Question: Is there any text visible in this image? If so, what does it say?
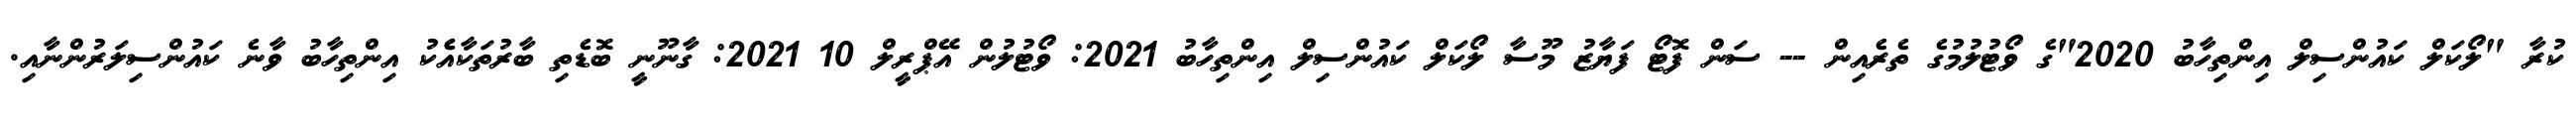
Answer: ކުރާ "ލޯކަލް ކައުންސިލް އިންތިހާބު 2020"ގެ ވޯޓުލުމުގެ ތެރެއިން -- ސަން ފޮޓޯ ފަޔާޒު މޫސާ ލޯކަލް ކައުންސިލް އިންތިހާބު 2021: ވޯޓުލުން އޭޕްރީލް 10 2021: ގާނޫނީ ބޮޑެތި ބާރުތަކާއެެކު އިންތިހާބު ވާނެ ކައުންސިލަރުންނާއި.